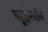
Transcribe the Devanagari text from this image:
बहूद्देश्यीय